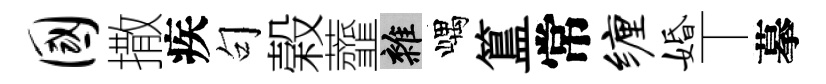
国撒疾句榖虀雜嵎簋常缠婚丅摹